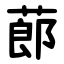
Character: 蓈